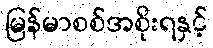
မြန်မာစစ်အစိုးရနှင့်